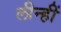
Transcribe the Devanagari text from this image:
लीन्‍हीं